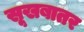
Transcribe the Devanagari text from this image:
सूखबातर